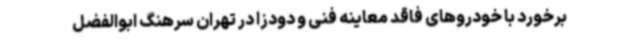
برخورد با خودروهای فاقد معاینه فنی و دودزا در تهران سرهنگ ابوالفضل